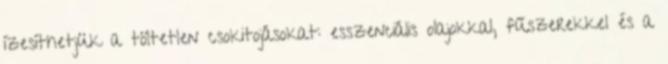
ízesíthetjük a töltetlen csokitojásokat: esszenciális olajokkal, fűszerekkel és a